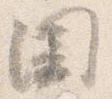
囲